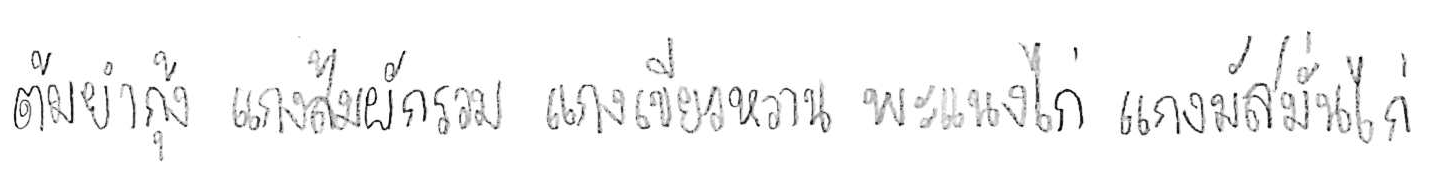
ต้มยำกุ้ง แกงส้มผักรวม แกงเขียวหวาน พะแนงไก่ แกงมัสมั่นไก่